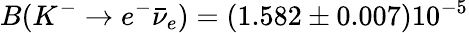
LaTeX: B(K^{-}\to e^{-}\bar{\nu}_{e})=(1.582\pm 0.007)10^{-5}